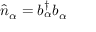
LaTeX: { \hat { n } } _ { \alpha } = b _ { \alpha } ^ { \dagger } b _ { \alpha }